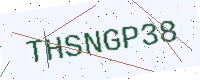
Text: THSNGP38